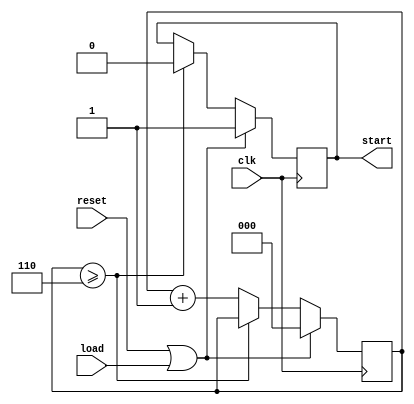
`timescale 1ns / 1ps
//////////////////////////////////////////////////////////////////////////////////
// Company: 
// Engineer: 
// 
// Design Name: 
// Module Name:    controller 
// Project Name: 
// Target Devices: 
// Tool versions: 
// Description: 
//
// Dependencies: 
//
// Revision: 
// Revision 0.01 - File Created
// Additional Comments: 
//
//////////////////////////////////////////////////////////////////////////////////
module controller(input clk,input reset, output reg start, input load
    );
	reg[2:0] count;
	
always @(posedge clk)
begin
	if(reset || load)
		begin
			count = 3'b000;
			start = 1'b1;
		end
	else
	begin
		if(count >= 3'b110)
			start = 1'b0;
		else
			count = count+3'b001;
	end
end

endmodule